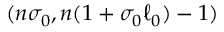
( n \sigma _ { 0 } , n ( 1 + \sigma _ { 0 } \ell _ { 0 } ) - 1 )